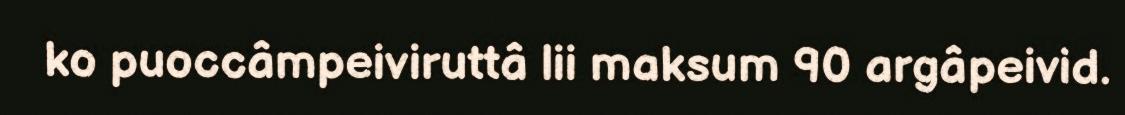
ko puoccâmpeiviruttâ lii maksum 90 argâpeivid.